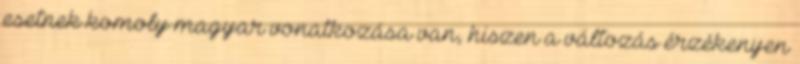
esetnek komoly magyar vonatkozása van, hiszen a változás érzékenyen